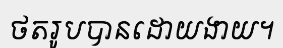
ថតរូបបានដោយងាយ។